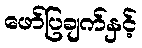
ဖော်ပြချက်နှင့်